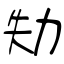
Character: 劮